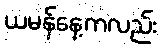
ယမန်နေ့ကလည်း